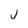
Character: j